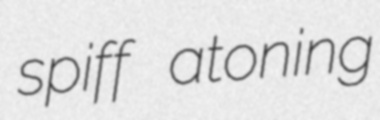
spiff atoning